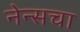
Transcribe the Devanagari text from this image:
नेन्सचा